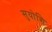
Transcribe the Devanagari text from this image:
सुयोशि